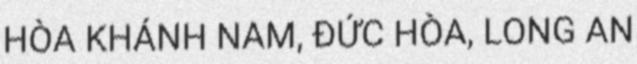
HÒA KHÁNH NAM, ĐỨC HÒA, LONG AN